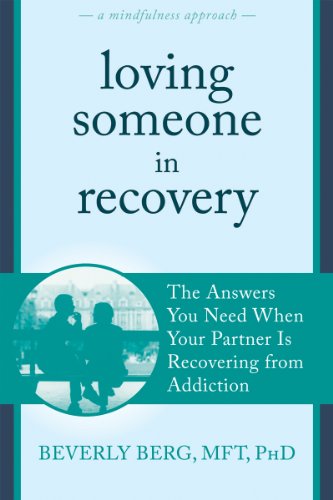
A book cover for Loving Someone in Recovery: The Answers You Need When Your Partner Is Recovering from Addiction (The New Harbinger Loving Someone Series); Beverly Berg MFT  PhD; Self-Help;